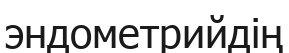
эндометрийдің